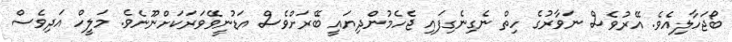
ބޯޖަހާލިއެވެ. އޭރުވެސް ނަވާރުގެ ހިތް ނެގިނެގިފައި ޖެހެމުންދިޔައީ ބޭރަށްވެސް އަޑުނީވޭވަރަކަށްނޫނެވެ. މަލީހް އަދިވެސް